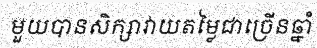
មួយបានសិក្សាវាយតម្លៃជាច្រើនឆ្នាំ